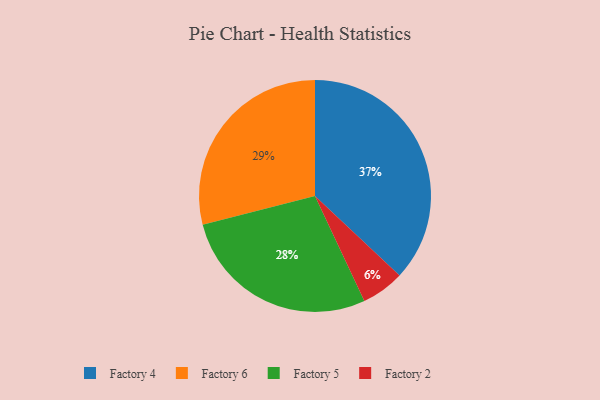
{"axis": {"x": "Category", "y": "Percentage"}, "legend": ["Factory 2", "Factory 4", "Factory 5", "Factory 6"], "data": [{"x": "Factory 5", "y": 28, "type": "Factory 5"}, {"x": "Factory 2", "y": 6, "type": "Factory 2"}, {"x": "Factory 4", "y": 37, "type": "Factory 4"}, {"x": "Factory 6", "y": 29, "type": "Factory 6"}]}